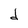
Character: d